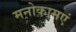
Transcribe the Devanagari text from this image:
मनोकामएं